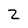
Character: z